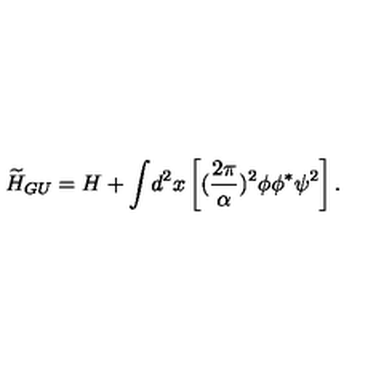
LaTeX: { \widetilde H } _ { G U } = H + { \displaystyle \int } d ^ { 2 } x \left[ ( \frac { 2 \pi } { \alpha } ) ^ { 2 } \phi \phi ^ { * } \psi ^ { 2 } \right] .